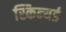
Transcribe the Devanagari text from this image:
स्किन्यर्ड